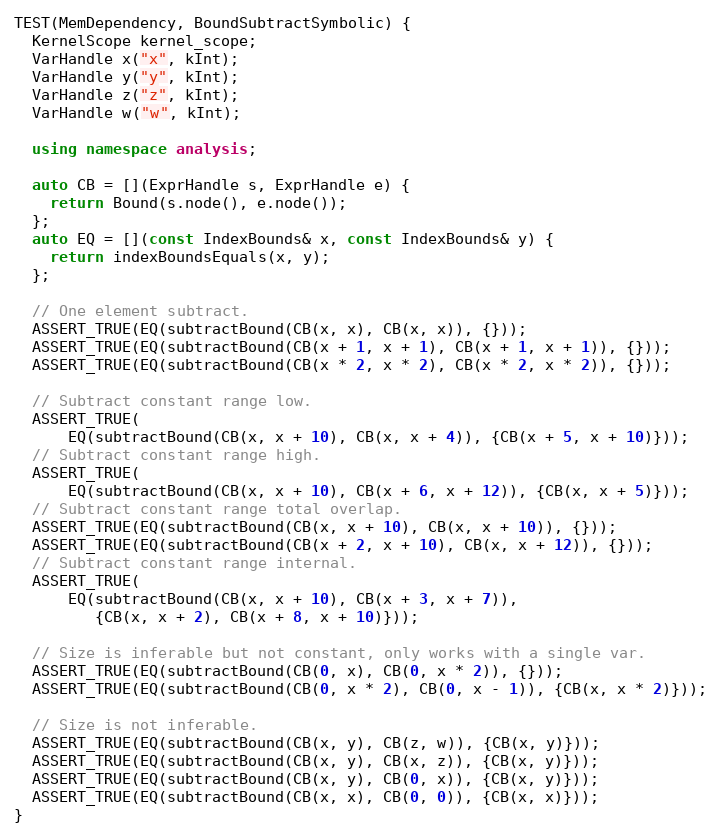
Language: C++
TEST(MemDependency, BoundSubtractSymbolic) {
  KernelScope kernel_scope;
  VarHandle x("x", kInt);
  VarHandle y("y", kInt);
  VarHandle z("z", kInt);
  VarHandle w("w", kInt);

  using namespace analysis;

  auto CB = [](ExprHandle s, ExprHandle e) {
    return Bound(s.node(), e.node());
  };
  auto EQ = [](const IndexBounds& x, const IndexBounds& y) {
    return indexBoundsEquals(x, y);
  };

  // One element subtract.
  ASSERT_TRUE(EQ(subtractBound(CB(x, x), CB(x, x)), {}));
  ASSERT_TRUE(EQ(subtractBound(CB(x + 1, x + 1), CB(x + 1, x + 1)), {}));
  ASSERT_TRUE(EQ(subtractBound(CB(x * 2, x * 2), CB(x * 2, x * 2)), {}));

  // Subtract constant range low.
  ASSERT_TRUE(
      EQ(subtractBound(CB(x, x + 10), CB(x, x + 4)), {CB(x + 5, x + 10)}));
  // Subtract constant range high.
  ASSERT_TRUE(
      EQ(subtractBound(CB(x, x + 10), CB(x + 6, x + 12)), {CB(x, x + 5)}));
  // Subtract constant range total overlap.
  ASSERT_TRUE(EQ(subtractBound(CB(x, x + 10), CB(x, x + 10)), {}));
  ASSERT_TRUE(EQ(subtractBound(CB(x + 2, x + 10), CB(x, x + 12)), {}));
  // Subtract constant range internal.
  ASSERT_TRUE(
      EQ(subtractBound(CB(x, x + 10), CB(x + 3, x + 7)),
         {CB(x, x + 2), CB(x + 8, x + 10)}));

  // Size is inferable but not constant, only works with a single var.
  ASSERT_TRUE(EQ(subtractBound(CB(0, x), CB(0, x * 2)), {}));
  ASSERT_TRUE(EQ(subtractBound(CB(0, x * 2), CB(0, x - 1)), {CB(x, x * 2)}));

  // Size is not inferable.
  ASSERT_TRUE(EQ(subtractBound(CB(x, y), CB(z, w)), {CB(x, y)}));
  ASSERT_TRUE(EQ(subtractBound(CB(x, y), CB(x, z)), {CB(x, y)}));
  ASSERT_TRUE(EQ(subtractBound(CB(x, y), CB(0, x)), {CB(x, y)}));
  ASSERT_TRUE(EQ(subtractBound(CB(x, x), CB(0, 0)), {CB(x, x)}));
}